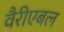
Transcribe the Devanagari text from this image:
वैरीएबल